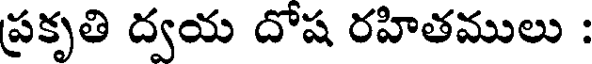
ప్రకృతి ద్వయ దోష రహితములు :